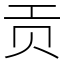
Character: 贡